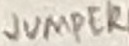
Text: JUMPER